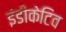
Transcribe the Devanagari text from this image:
इंडीकेटिव